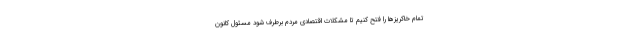
تمام خاکریزها را فتح کنیم تا مشکلات اقتصادی مردم برطرف شود مسئول کانون